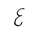
Letter: _ayn